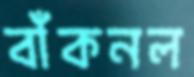
বাঁকনল